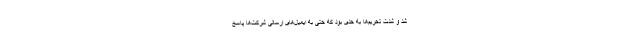
شد و شدت تحریم‌ها به حدی بود که حتی به ایمیل‌های ارسالی شرکت‌ها پاسخ